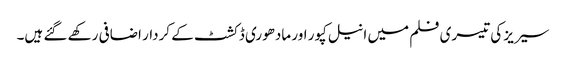
سیریز کی تیسری فلم میں انیل کپور اور مادھوری ڈکشٹ کے کردار اضافی رکھے گئے ہیں۔